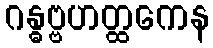
ဂန္ဓဗ္ဗဟတ္ထကေန